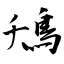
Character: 鴁